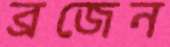
ব্রজেন